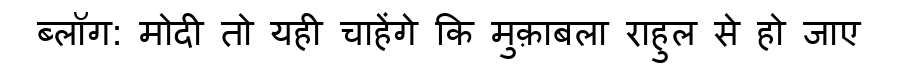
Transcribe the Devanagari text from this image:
ब्लॉग: मोदी तो यही चाहेंगे कि मुक़ाबला राहुल से हो जाए